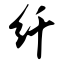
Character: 纤